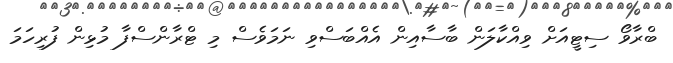
ބްރާވޯ ސިޓީއަށް ވިއްކާލަން ބާސާއިން އެއްބަސްވި ނަމަވެސް މި ޓްރާންސްފާ މުޅިން ފުރިހަމަ